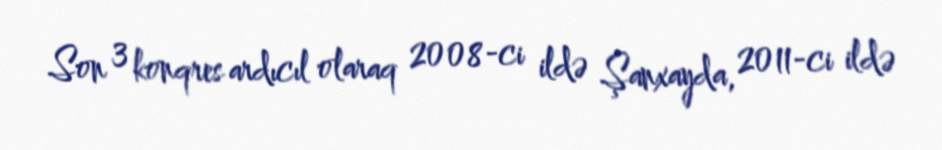
Son 3 konqres ardıcıl olaraq 2008-ci ildə Şanxayda, 2011-ci ildə